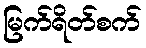
မြက်ရိတ်စက်